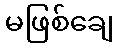
မဖြစ်ချေ